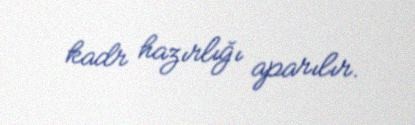
kadr hazırlığı aparılır.